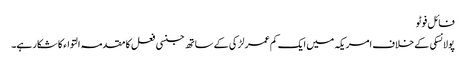
فائل فوٹو
پولانسکی کے خلاف امریکہ میں ایک کم عمر لڑکی کے ساتھ جنسی فعل کا مقدمہ التواء کا شکار ہے۔